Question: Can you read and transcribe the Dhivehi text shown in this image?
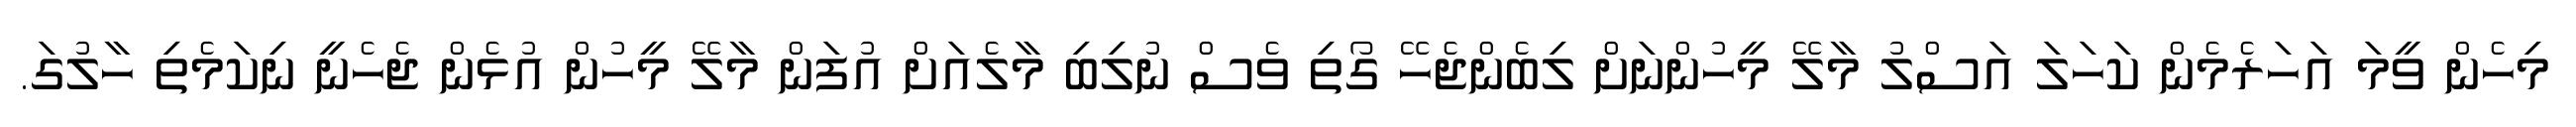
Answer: މިހެން ވީމަ އަހަރެމެން ކަހަލަ އަސްލު މާލޭ މީހުންނަށް ލިބެންޖެހޭ ގޯތި ވެސް ނުލިބި މާލެއަށް އުފަން މާލޭ މީހުން އުޅެން ޖެހެނީ ނިކަމެތި ހާލުގަ.